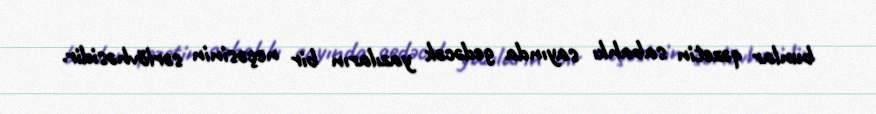
bunlar qəzetin sabahkı sayında gedəcək yazıların bir neçəsinin sərlövhəsidir.